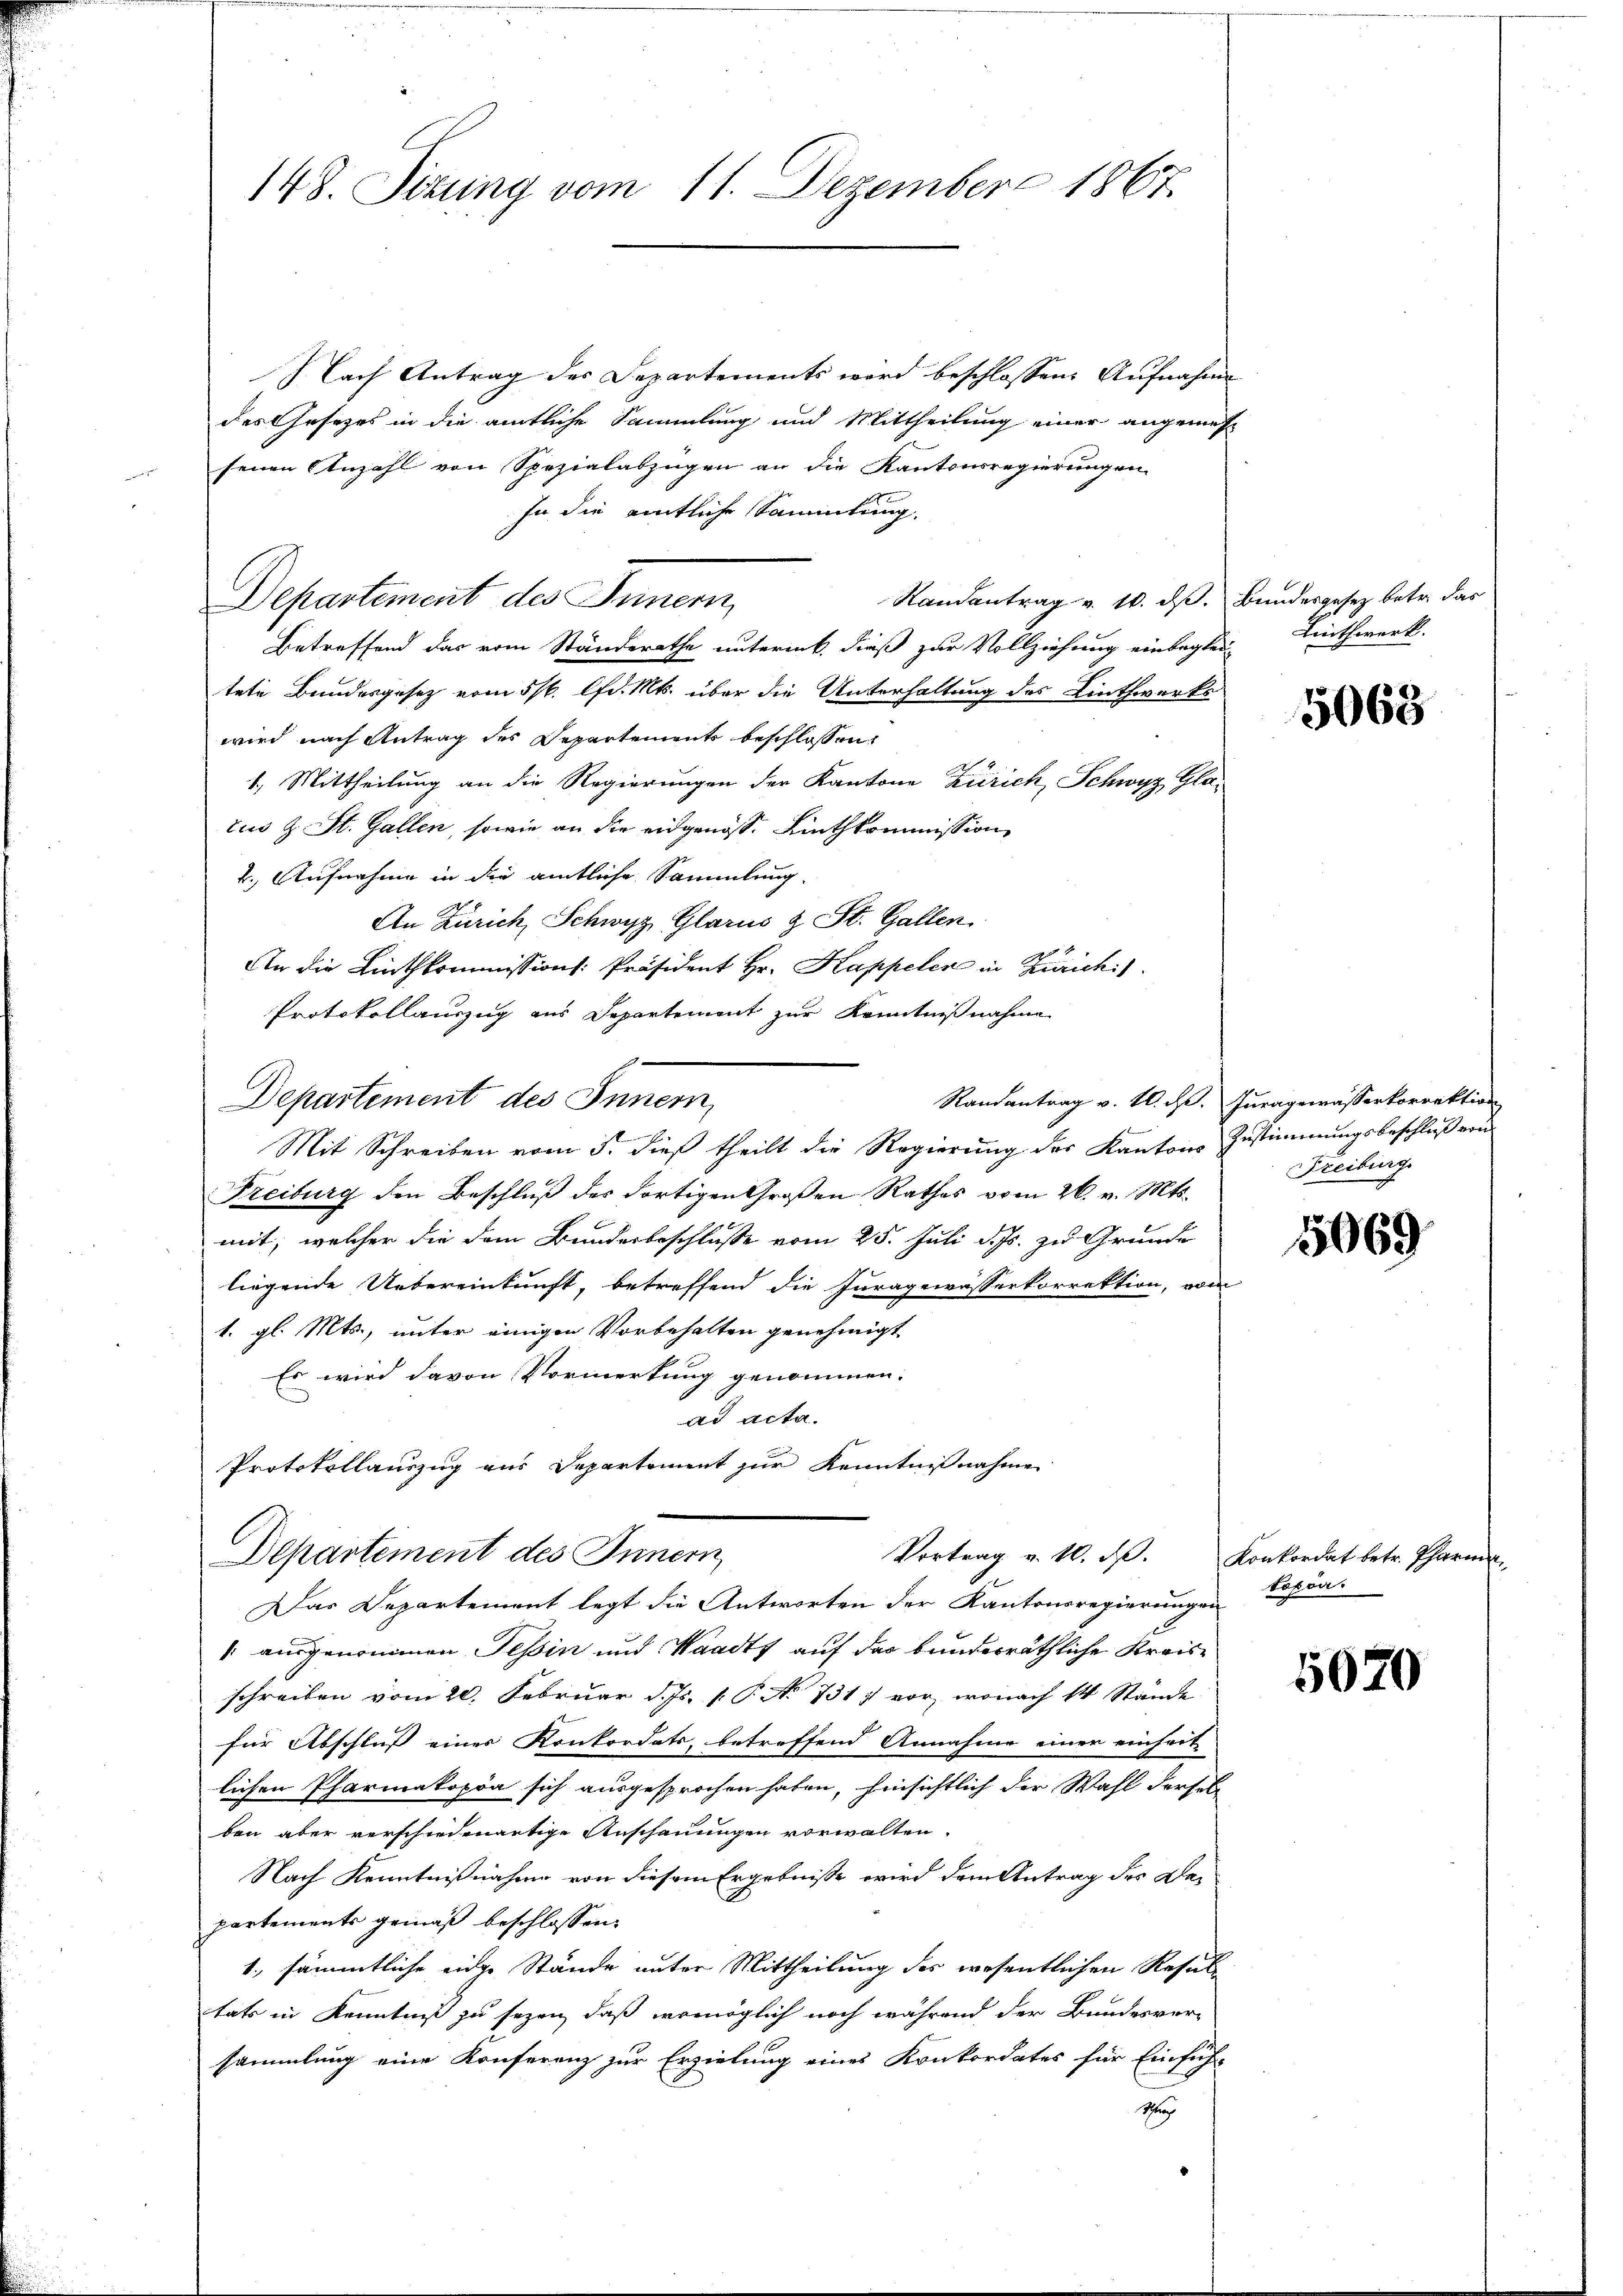
148. Sizung vom 11. Dezember 1867

Nach Antrag des Departements wird beschlossene Aufnahme
des Gesetzes in die amtliche Sammlung und Mittheilung einer angemesse
senen Anzahl von Spezialabzügen an die Kantonsregierungen
In die amtliche Sammlung.
Randantrag v. 10. dß. Bundesgesez betr. das
Betreffend das vom Ständerathe unteruk, dieß zur Vollziehung einbeglei-
tete Bundesgesetz vom 5t. lfd. Mts. über die Unterhaltung des Linthwerkswird nach Antrag des Departement beschlossen
1.) Mittheilung an die Regierungen der Kantone Zürich, Schwyz, Gla-
cus z. St. Gallen, sowie an die eidgenoss. Linthkommission
2. Aufnahme in die amtliche Sammlung
An Zürich, Schwyz, Glarus & St. Gallen
An die Linthkommissions-Präsident Hr. Kappeler in Zürich
Protokollauszug aus Departement zur Kenntnißnahme
Departement des Innern,
Randantrag v. 4. d. Juragewässerkorrektion
Mit Schreiben vom 5. dieß theilt die Regierung des Kantons Zustimmungsbeschluß von
Freiburg den Beschluß des dortigen Großen Rathes vom 26. v. Mts.
mit, welcher die dem Bundesbeschlusse vom 25. Juli d. Js. zu Grunde
liegende Uebereinkunft, betreffend die Juragewässerkorrektion, vom
1. gl. Mts., unter einigen Vorbehalten genehmigt
Es wird davon Vormerkung genommen.
ad acta.
Protokollauszug aus Departement zur Kenntnißnahme

Departement des Innern,

Vortrag v. 10. ds.
Departement des Innern
Das Departement legt die Antworten der Kantonsregierungen

" ausgenommen Tessin und Waadt auf das bunderräthliche Kreisschreiben vom 20. Februar d. Js. P. No 731. vor, wonach 1 Stände
für Abschluß einer Konkordats, betreffend Annahme einer einheit-
lichen Pharmakopia sich ausgesprochen haben, hinsichtlich der Wahl dersel
ben aber verschiedenartige Anschauungen vorwalten.
Nach Kenntnißnahme von diesem Ergebnisse wird dem Antrag der Departements gemäß beschlossen:
1., sämmtliche eine Stände unter Mittheilung des wesentlichen Resul-
tats in Kenntniß zu sezen, daß womöglich noch während der Bundesver-
sammlung eine Konferenz zur Erzielung eines Konkordates für Einfüh-
Sha

Linthwerk.

5068

Freiburg

5069

Konkordat betr. Pharme
toppa.

5070